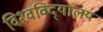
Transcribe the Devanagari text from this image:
विश्‍वविद्‍यालय